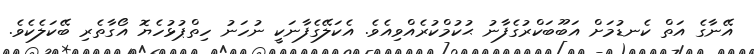
އޭނާގެ އަތް ކެނޑުމަށް އަބޫބަކްރުގެފާނު ޙުކުމްކުރެއްވިއެވެ. އެކަލޭގެފާނަކީ ނުހަނު ހިތްޕުޅުހެޔޮ އޯގާތެރި ބޭކަލެކެވެ.